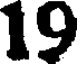
19